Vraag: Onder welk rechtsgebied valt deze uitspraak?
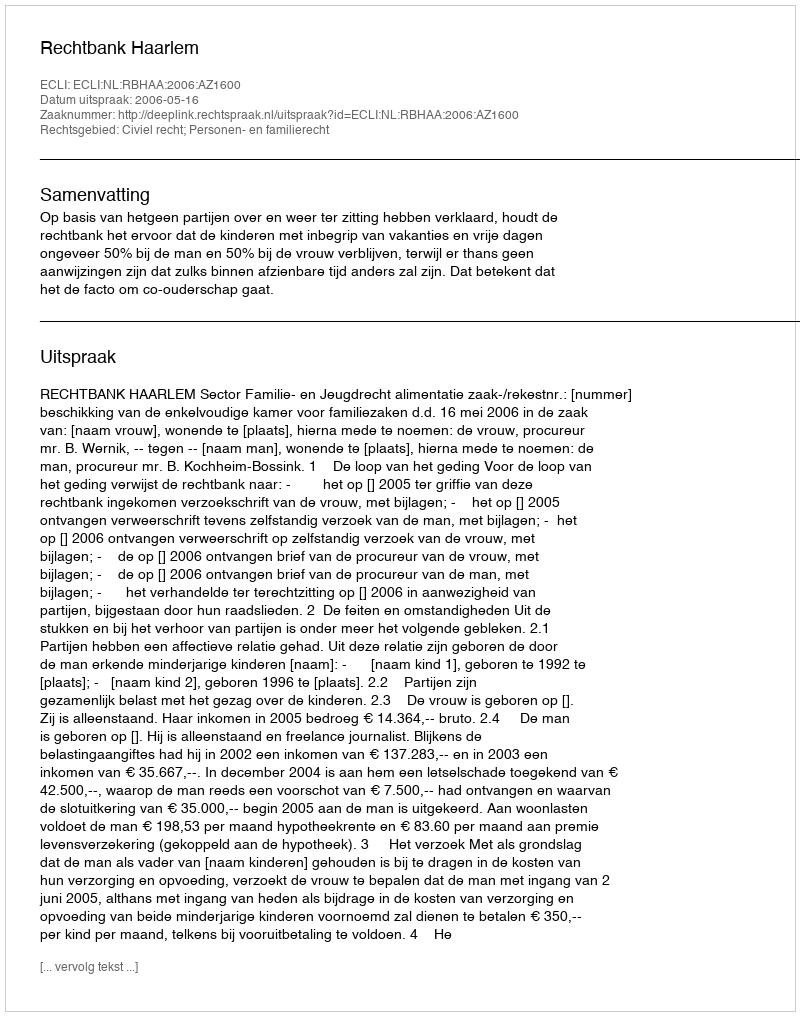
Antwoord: Civiel recht; Personen- en familierecht